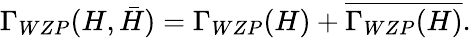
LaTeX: \Gamma_{WZP}(H,\bar{H})=\Gamma_{WZP}(H)+\overline{{{\Gamma_{WZP}(H)}}}.